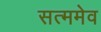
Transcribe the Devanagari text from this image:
सत्ममेव